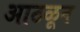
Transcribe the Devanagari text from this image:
आठळून